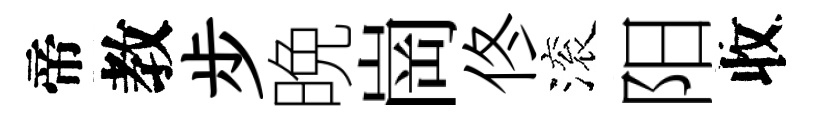
帝教步晩崗佟滚阳收